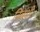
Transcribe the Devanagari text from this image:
निबंधी